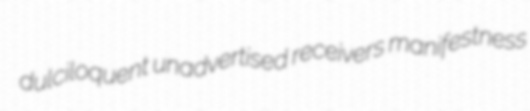
dulciloquent unadvertised receivers manifestness